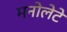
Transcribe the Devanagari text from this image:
मनोलेटे